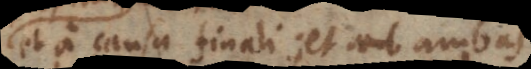
et a causa finali, et ambas